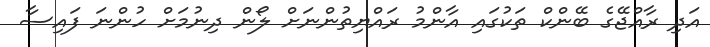
އަދި ރާއްޖޭގެ ބޭންކް ތަކުގައި އާންމު ރައްޔިތުންނަށް ލޯން ދިނުމަށް ހުންނަ ފައިސާ